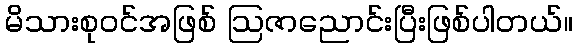
မိသားစုဝင်အဖြစ် ဩဇာညောင်းပြီးဖြစ်ပါတယ်။